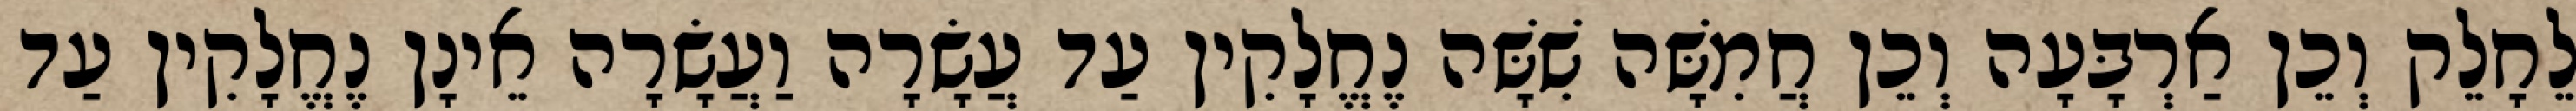
לֵחָלֵק וְכֵן אַרְבָּעָה וְכֵן חֲמִשָּׁה שִׁשָּׁה נֶחֱלָקִין עַד עֲשָׂרָה וַעֲשָׂרָה אֵינָן נֶחֱלָקִין עַד